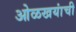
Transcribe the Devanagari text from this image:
ओळखयांची